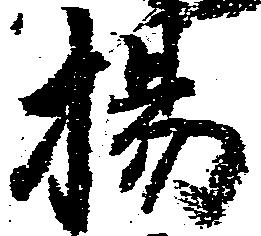
揚